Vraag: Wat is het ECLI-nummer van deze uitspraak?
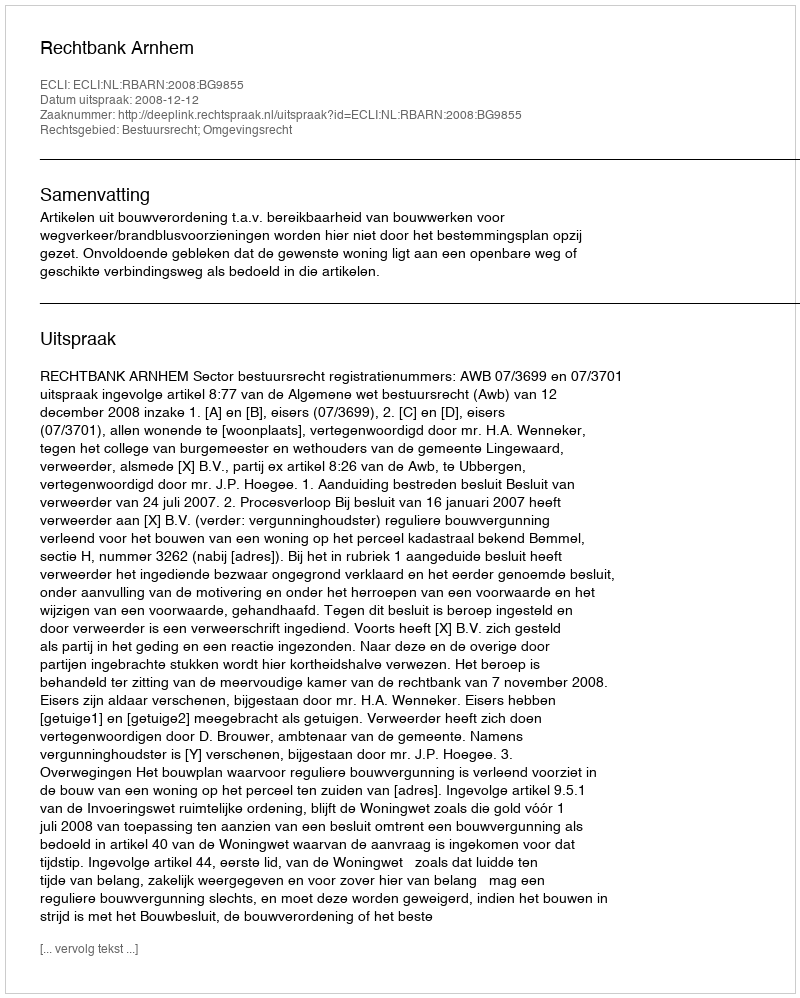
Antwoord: ECLI:NL:RBARN:2008:BG9855